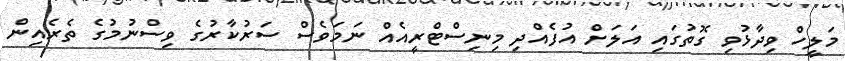
މަލީހް ވިދާޅުވި ގޮތުގައި އަލަށް އުފެއްދި މިނިސްޓްރީއެއް ނަމަވެސް ސަރުކާރުގެ ވިސްނުމުގެ ތެރެއިން